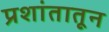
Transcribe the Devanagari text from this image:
प्रशांतातून